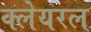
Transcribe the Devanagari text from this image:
क्लेयरल